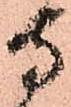
寺